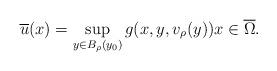
LaTeX: \begin{align*} \overline{u}(x) = \sup_{y \in B_\rho(y_0)}g(x,y,v_\rho(y)) x \in \overline{\Omega}. \end{align*}